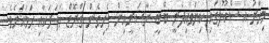
މިހާރު އެ ސްކޫލުގައި ކިޔަވައިދެނީ ބޭބީ ނާސަރީއިން ފެށިގެން ގްރޭޑް ހަތަރަކާއި ހަމައަށެވެ.